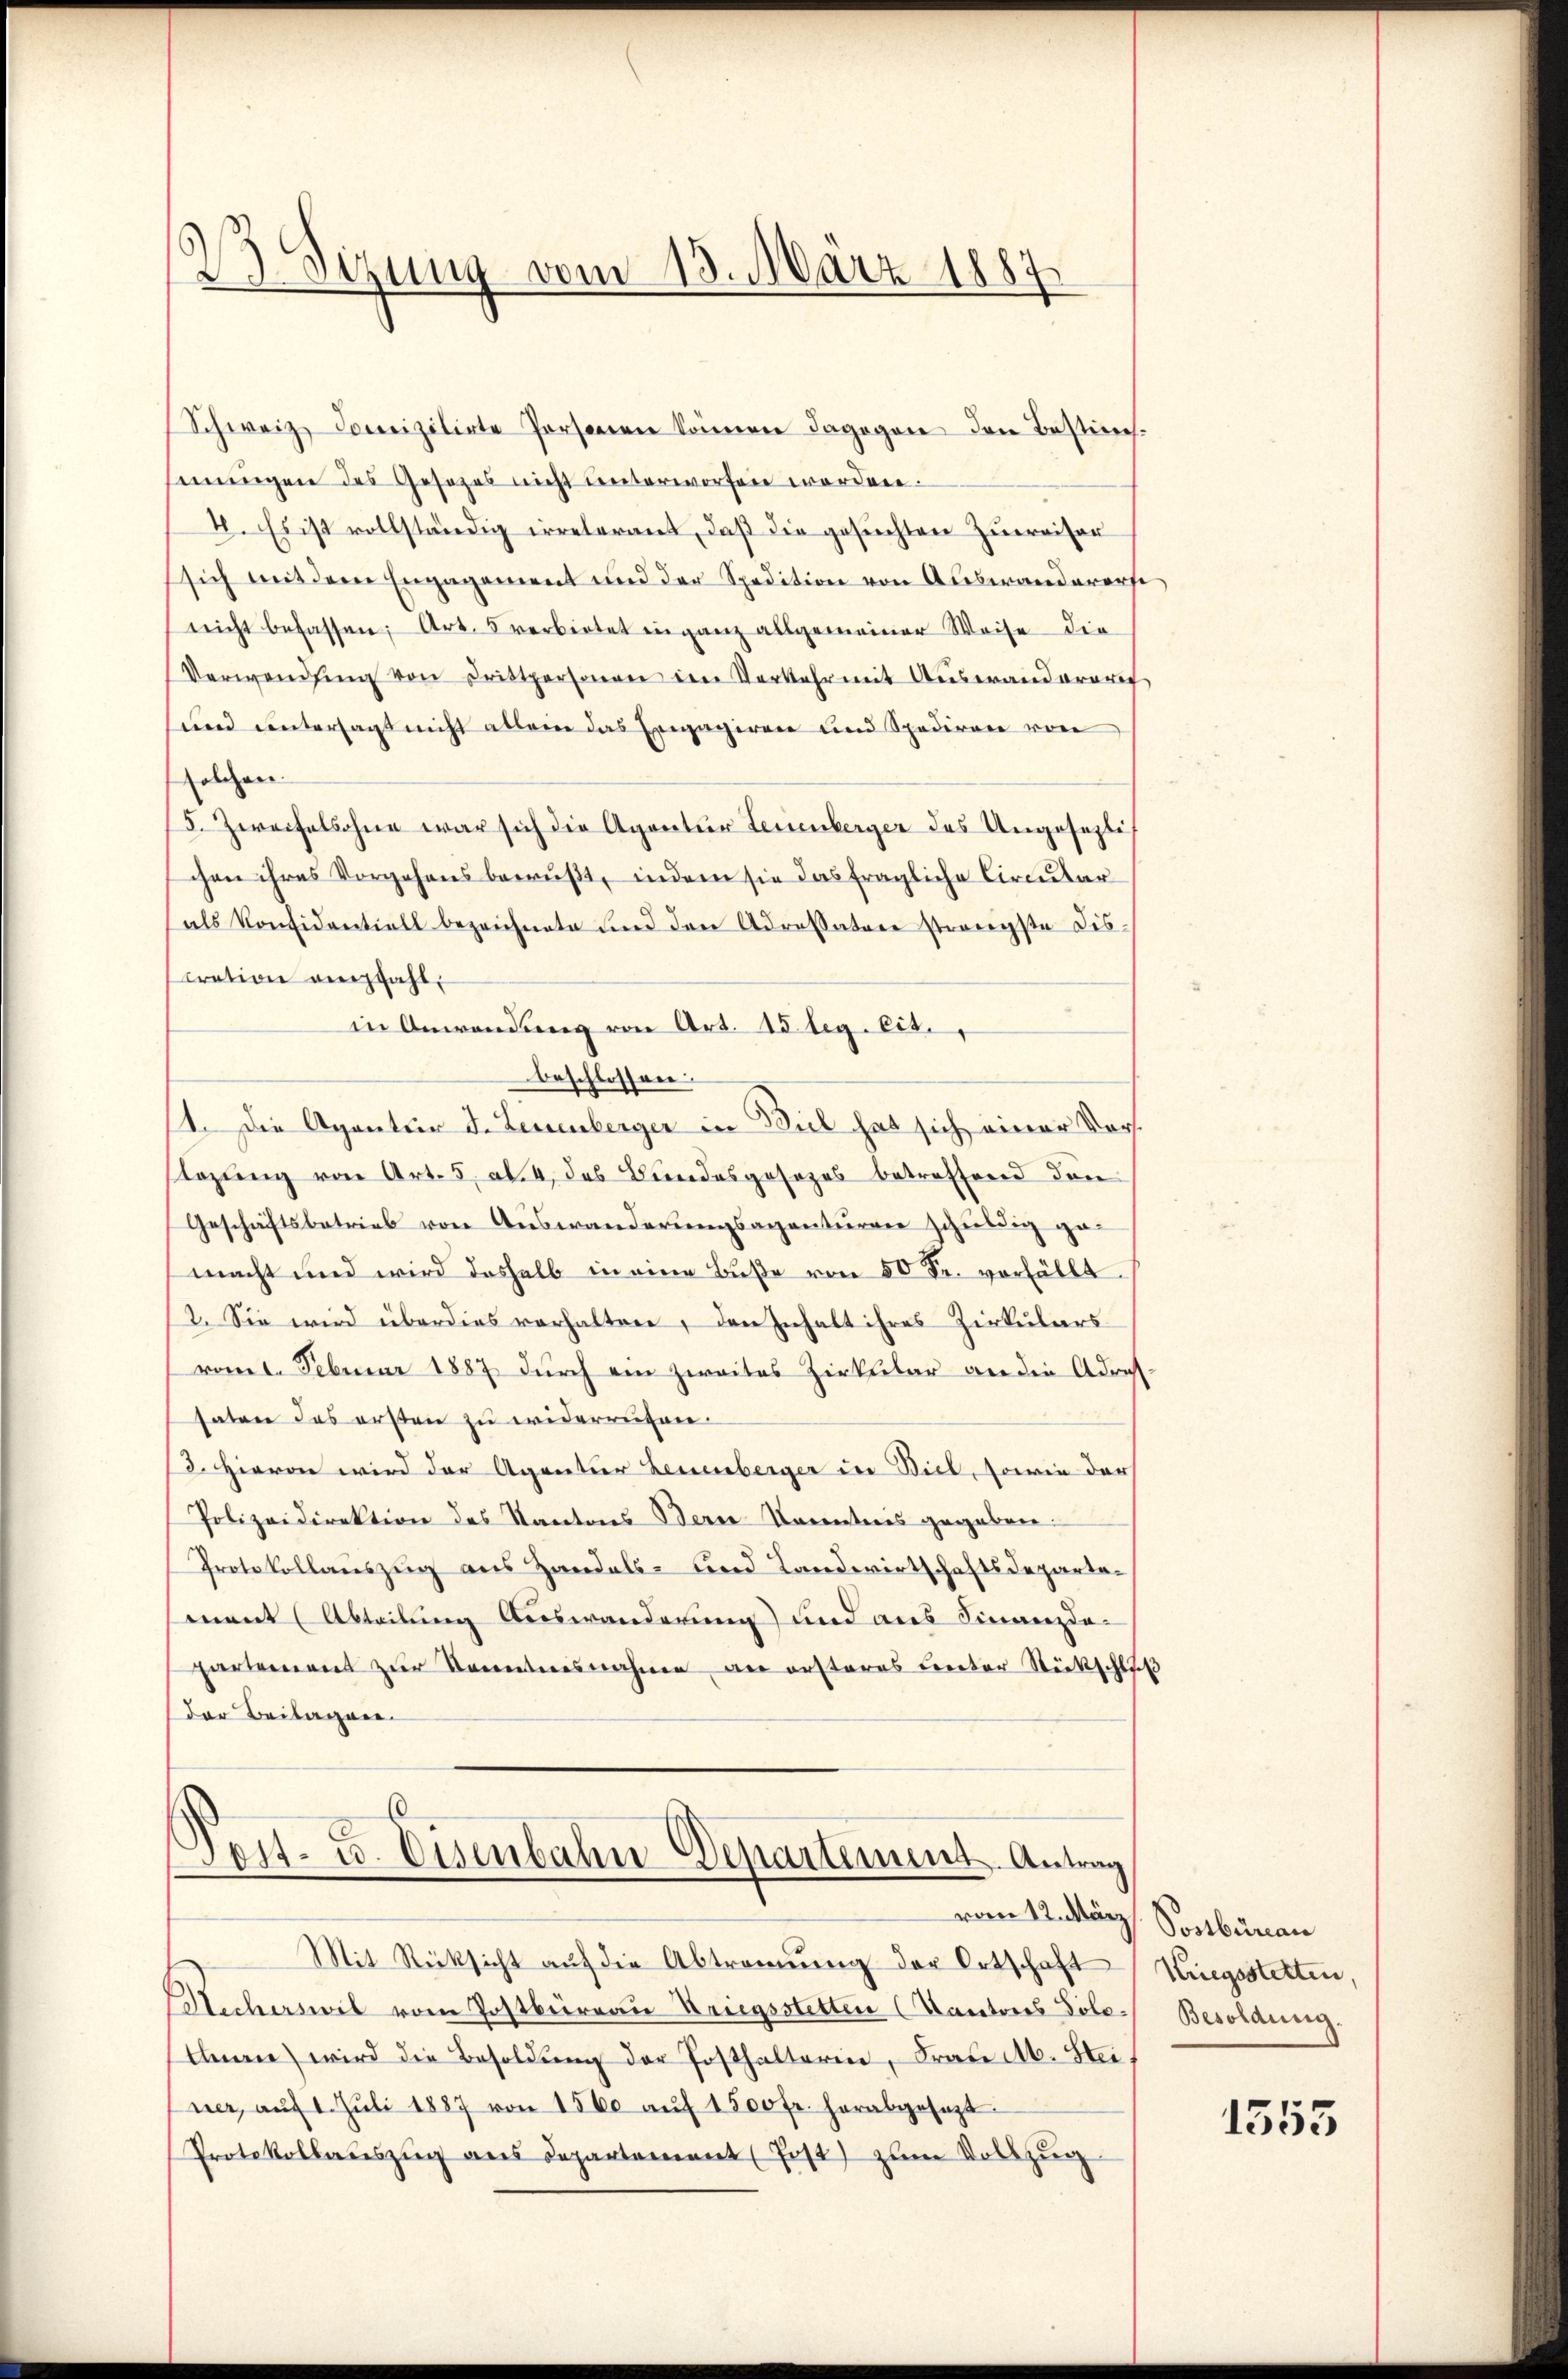
d
Sizung vom 13. März 1887.

Schweiz Domizilirte Personen können dagegen den Bestimmungen des Gesezes nicht unterworfen worden.
2. Es ist vollständig erreterant, daß die gesuchten Zuweiser
sich mit dem Engagement und der Spedition von Auswandererse
nicht befassen; Art. verbietet in ganz allgemeiner Weise die
Verwendung von Drittpersonen ein Vorkehr mit Auswanderart
und untersagt nicht allein das Engagiren und Spediren von
solchen
5. Zereifelsohne war sich die Agentur Leuenberger des Ungesezti
chen ihres Vorgehens bewußt, indem sie das fragliche Circular
als Konsidentiell bezeichnete und den Adressatore strengste Dis-
tration empfahl.
in Anwendung von Art. 15 teg. cit.
beschlossen:
11. Die Agentier J. Leuenberger in Biel hat sich einer Vorsslegung von Art. 5, Al. 4, das Bundesgesezes betreffend den
Geschäftsbetrieb von Auswanderungsagenturen schuldig gemacht und wird deshalb in eine Bŭβe von 50 Fr. vorfällt.
2. Sie wird überdies vorhalten, den Inhalt ihres Zirkulars
vom 1. Februar 1887 durch ein zweites Zirkular an die Adres-
saten des ersten zu widerrufen.
d. Hievon wird der Agentur Leuenberger in Biel, sowie der
Polizeidirektion des Kantons Berne Kenntnis gegeben:
Protokollauszug aus Handels- und Landwirtschaftsdepartemant (Abteilung Auswanderung und aus Finanzdapartement zŭr Kenntnisnahme an ersteres unter Stückschluß
der Beilagen

Post- u. Eisenbahn-Departement. Antrag
vom 12. März

Mit Rücksicht aŭf die Abtrennung der Ortschaft Kriegsstelten,
Stecherswil vom Postbüreau Kriegsstetten (Kantons Bote Besoldung.
Annie wird die Besoldŭng der Posthalterin, Fraue Ab. Steiner, aŭf 1. Jŭli 1887 von 1500 aŭf 1500 fr. herabgesezt
Protokollauszug aus Departement Jost) zum Vollzug

Postberau

1555